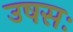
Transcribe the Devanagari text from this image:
उषसः